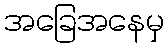
အခြေအနေမှ